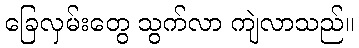
ခြေလှမ်းတွေ သွက်လာ ကျဲလာသည်။